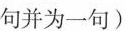
句并为一句)